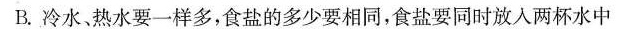
B.冷水、热水要一样多，食盐的多少要相同，食盐要同时放入两杯水中